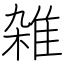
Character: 雑